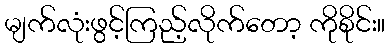
မျက်လုံးဖွင့်ကြည့်လိုက်တော့ ကိုစိုင်း။